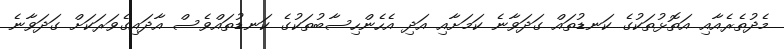
މެދުތެރެއާއި އަތޮޅުތަކުގެ ކަނޑުތައް ގަދަވާނެ ކަމަށާއި އަދި އެހެންހިސާބުތަކުގެ ކަނޑުތައްވެސް އާދައިގެވަރަކަށް ގަދަވާނެ